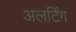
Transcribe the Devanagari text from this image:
अलर्टिंग